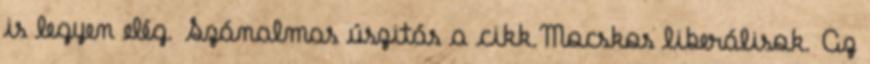
is legyen elég. Szánalmas úszitás a cikk.Mocskos liberálisok. Az